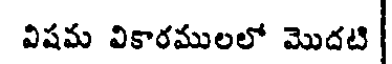
విషమ వికారములలో మొదటి